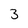
Character: 3